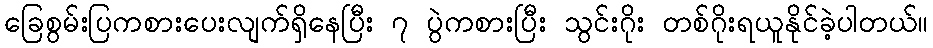
ခြေစွမ်းပြကစားပေးလျက်ရှိနေပြီး ၇ ပွဲကစားပြီး သွင်းဂိုး တစ်ဂိုးရယူနိုင်ခဲ့ပါတယ်။